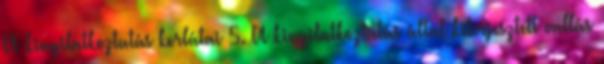
A kinyilatkoztatás korlátai 5. A kinyilatkoztatás által kiterjesztett vallás